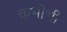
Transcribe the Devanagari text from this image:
कभीभी